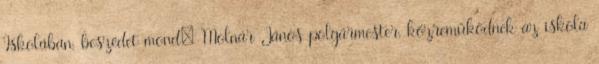
Iskolában, beszédet mond: Molnár János polgármester, közreműködnek az iskola